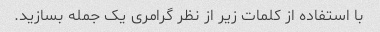
با استفاده از کلمات زیر از نظر گرامری یک جمله بسازید.